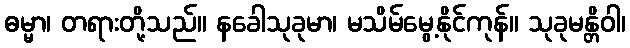
ဓမ္မာ၊ တရားတို့သည်။ နခေါသုခုမာ၊ မသိမ်မွေ့နိုင်ကုန်။ သုခုမန္တိဝါ၊